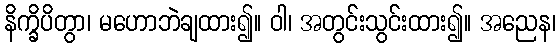
နိက္ခိပိတွာ၊ မဟောဘဲချထား၍။ ဝါ၊ အတွင်းသွင်းထား၍။ အညေန၊